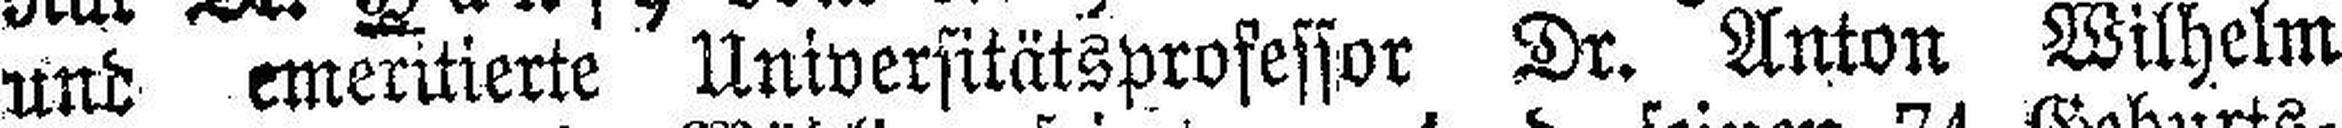
und emeritierte Universitätsprosessor Dr. Anton Wilhelm